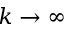
k \rightarrow \infty